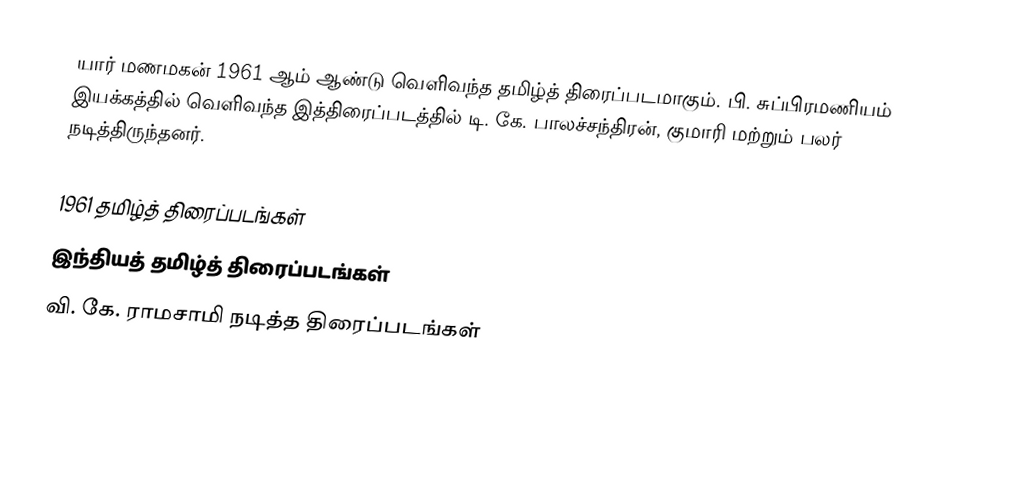
யார் மணமகன் 1961 ஆம் ஆண்டு வெளிவந்த தமிழ்த் திரைப்படமாகும். பி. சுப்பிரமணியம் இயக்கத்தில் வெளிவந்த இத்திரைப்படத்தில் டி. கே. பாலச்சந்திரன், குமாரி மற்றும் பலர் நடித்திருந்தனர்.

1961 தமிழ்த் திரைப்படங்கள்
இந்தியத் தமிழ்த் திரைப்படங்கள்
வி. கே. ராமசாமி நடித்த திரைப்படங்கள்